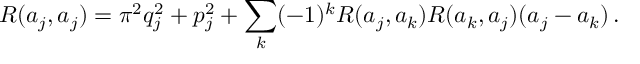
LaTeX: R ( a _ { j } , a _ { j } ) = \pi ^ { 2 } q _ { j } ^ { 2 } + p _ { j } ^ { 2 } + \sum _ { k } ( - 1 ) ^ { k } R ( a _ { j } , a _ { k } ) R ( a _ { k } , a _ { j } ) ( a _ { j } - a _ { k } ) \, .